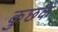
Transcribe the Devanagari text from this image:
कुछके